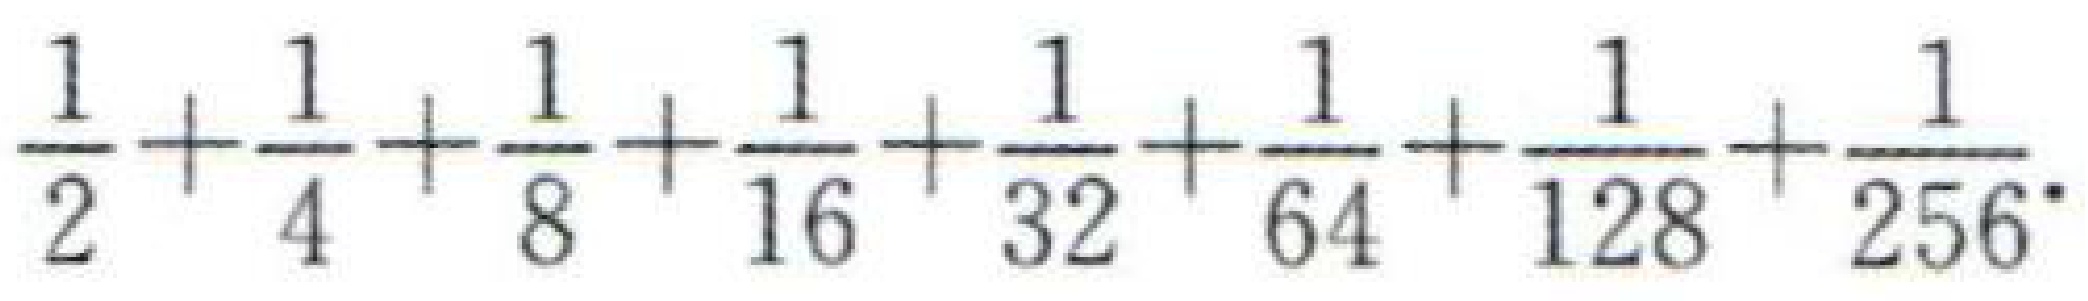
$\frac{1}{2}+\frac{1}{4}+\frac{1}{8}+\frac{1}{16}+\frac{1}{32}+\frac{1}{64}+\frac{1}{128}+\frac{1}{256}$